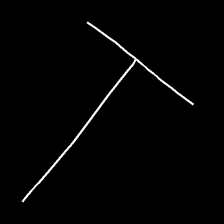
Glyph: column